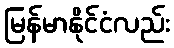
မြန်မာနိုင်ငံလည်း